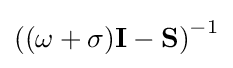
\left((\omega +\sigma )\mathbf {I} -\mathbf {S} \right)^{-1}